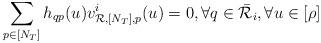
LaTeX: \begin{align*}\sum_{p\in [N_T]}h_{qp}(u)v_{{\mathcal{R}},{[N_T]},p}^i(u)=0, \forall q\in \bar{\mathcal{R}}_i,\forall u\in[\rho]\end{align*}